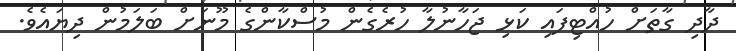
ދާދި ގާތަށް ހުއްޓިފައި ކަޅި ޖަހާނުލާ ހުރެގެން މުސްކާންގެ މޫނަށް ބަލަމުން ދިޔައެވެ.